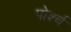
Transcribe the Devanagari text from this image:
पोर्श्च